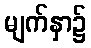
မျက်နှာ၌